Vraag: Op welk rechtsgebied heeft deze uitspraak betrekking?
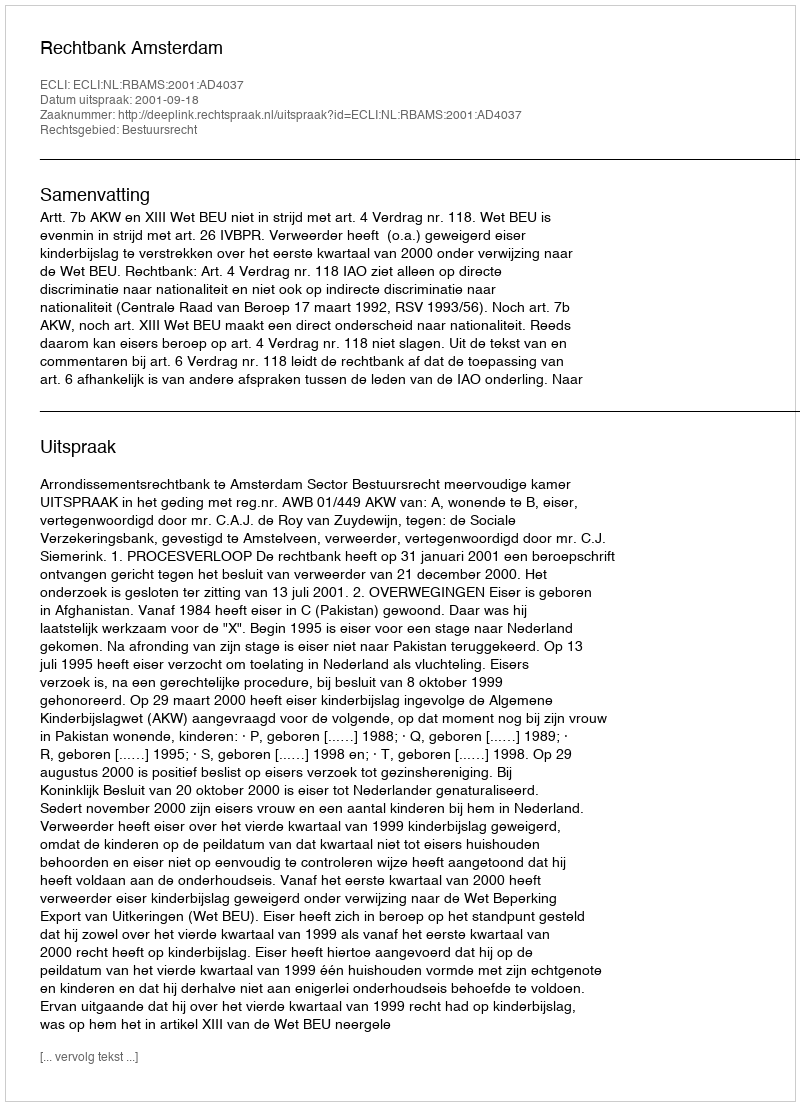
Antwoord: Bestuursrecht